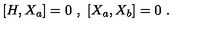
[ H , X _ { a } ] = 0 \ , \ [ X _ { a } , X _ { b } ] = 0 \ .